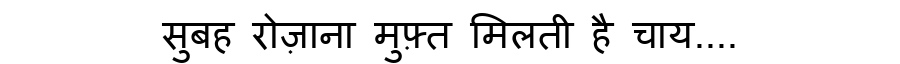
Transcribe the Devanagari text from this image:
सुबह रोज़ाना मुफ़्त मिलती है चाय....